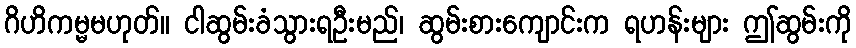
ဂိဟိကမ္မမဟုတ်။ ငါဆွမ်းခံသွားရဦးမည်၊ ဆွမ်းစားကျောင်းက ရဟန်းများ ဤဆွမ်းကို